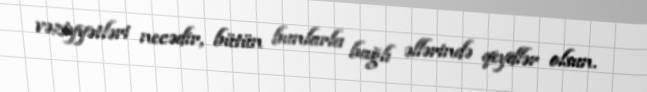
vəziyyətləri necədir, bütün bunlarla bağlı əllərində qeydlər olsun.